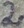
Text: 2